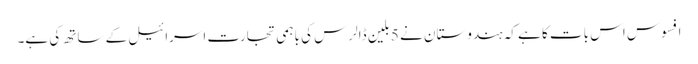
افسوس اس بات کا ہے کہ ہندوستان نے 5 بلین ڈالرس کی باہمی تجارت اسرائیل کے ساتھ کی ہے۔